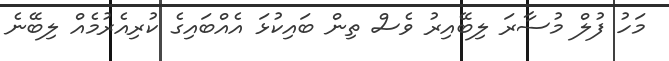
މަހު ފުލް މުސާރަ ލިބޭއިރު ވެސް ތިން ބައިކުޅަ އެއްބައިގެ ކުރިއެރުމެއް ލިބޭނެ